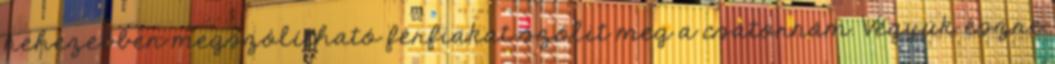
nehezebben megszólítható férfiakat szólit meg a csatornám. Vegyük észre